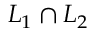
L _ { 1 } \cap L _ { 2 }